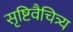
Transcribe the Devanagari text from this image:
सृष्टिवैचित्र्य